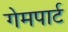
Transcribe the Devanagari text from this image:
गेमपार्ट